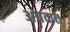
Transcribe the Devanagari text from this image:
अषकत्त